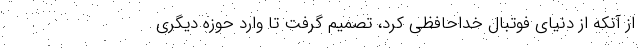
از آنکه از دنیای فوتبال خداحافظی کرد، تصمیم گرفت تا وارد حوزه دیگری